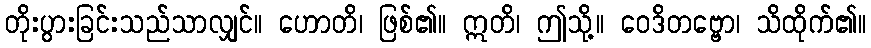
တိုးပွားခြင်းသည်သာလျှင်။ ဟောတိ၊ ဖြစ်၏။ ဣတိ၊ ဤသို့။ ဝေဒိတဗ္ဗော၊ သိထိုက်၏။